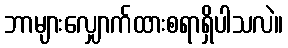
ဘာများလျှောက်ထားစရာရှိပါသလဲ။